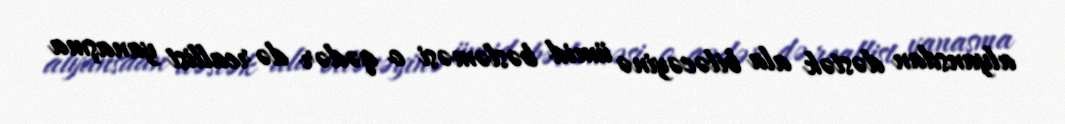
alyansdan dəstək ala biləcəyinə ümid bəsləməsi o qədər də reallist yanaşma